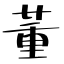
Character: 董